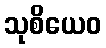
သုစိယေဝ